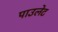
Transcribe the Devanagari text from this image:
पाउलेट